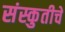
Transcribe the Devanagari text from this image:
संस्कुतीचे